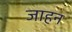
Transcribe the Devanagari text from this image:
जाहन